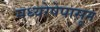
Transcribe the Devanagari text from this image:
मध्यरेषेपासून